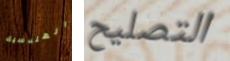
الهندسية التصليح